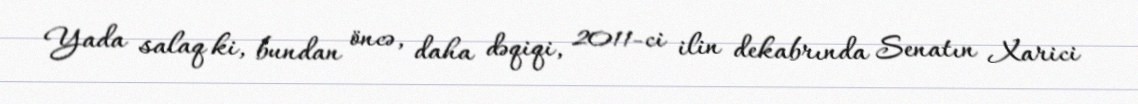
Yada salaq ki, bundan öncə, daha dəqiqi, 2011-ci ilin dekabrında Senatın Xarici